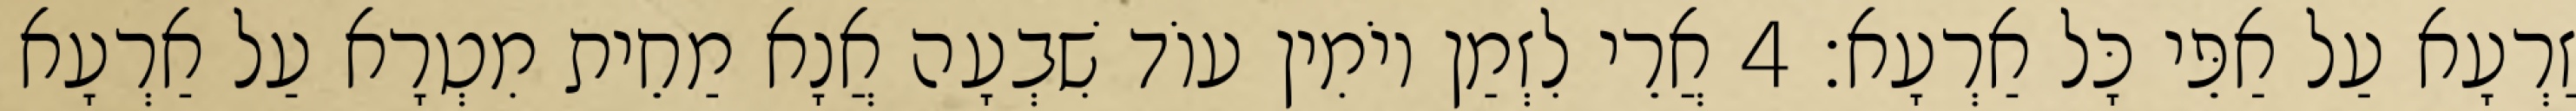
זַרְעָא עַל אַפֵּי כָּל אַרְעָא׃ 4 אֲרֵי לִזְמַן יוֹמִין עוֹד שִׁבְעָה אֲנָא מַחֵית מִטְרָא עַל אַרְעָא